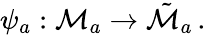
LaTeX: \psi_{a}:{\cal M}_{a}\to\tilde{{\cal M}}_{a}\, .